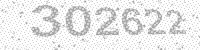
Solution: 302622